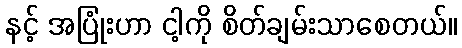
နင့် အပြုံးဟာ ငါ့ကို စိတ်ချမ်းသာစေတယ်။